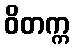
ဝိတက္က